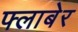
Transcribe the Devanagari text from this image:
फ्लाबेर